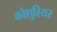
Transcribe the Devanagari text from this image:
कोशुरियर